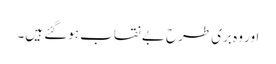
اور وہ بری طرح بے نقاب ہوگئے ہیں۔